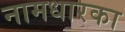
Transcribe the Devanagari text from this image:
नामधारका